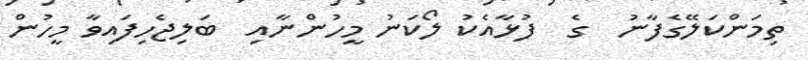
ތިމަންކަލޭގެފާނު  ގެ  ފުޅާއެކު ލޯކަނު މީހުންނާއި  ބަލިޖެހިފައިވާ މީހުން